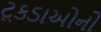
ટૂકડાઓનો